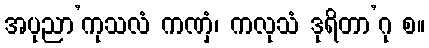
အပုညာ’ကုသလံ ကဏှံ၊ ကလုသံ ဒုရိတာ’ဂု စ။